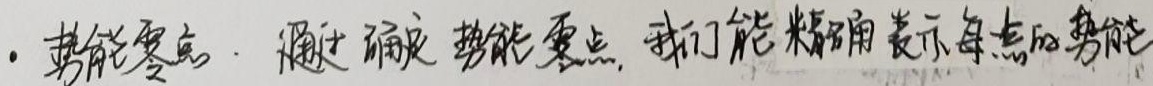
1. 势能零点。通过确定势能零点，我们能精确表示每点的势能。